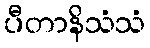
ပီတာနိသံသံ